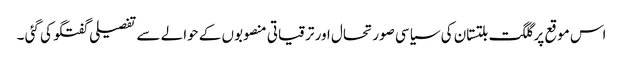
اس موقع پر گلگت بلتستان کی سیاسی صورتحال اور ترقیاتی منصوبوں کے حوالے سے تفصیلی گفتگو کی گئی ۔